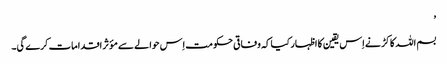
’
بسم اللہ کاکڑ نے اِس یقین کا اظہار کیا کہ وفاقی حکومت اِس حوالے سے مؤثر اقدامات کرے گی۔